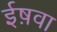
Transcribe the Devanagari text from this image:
ईष़वा